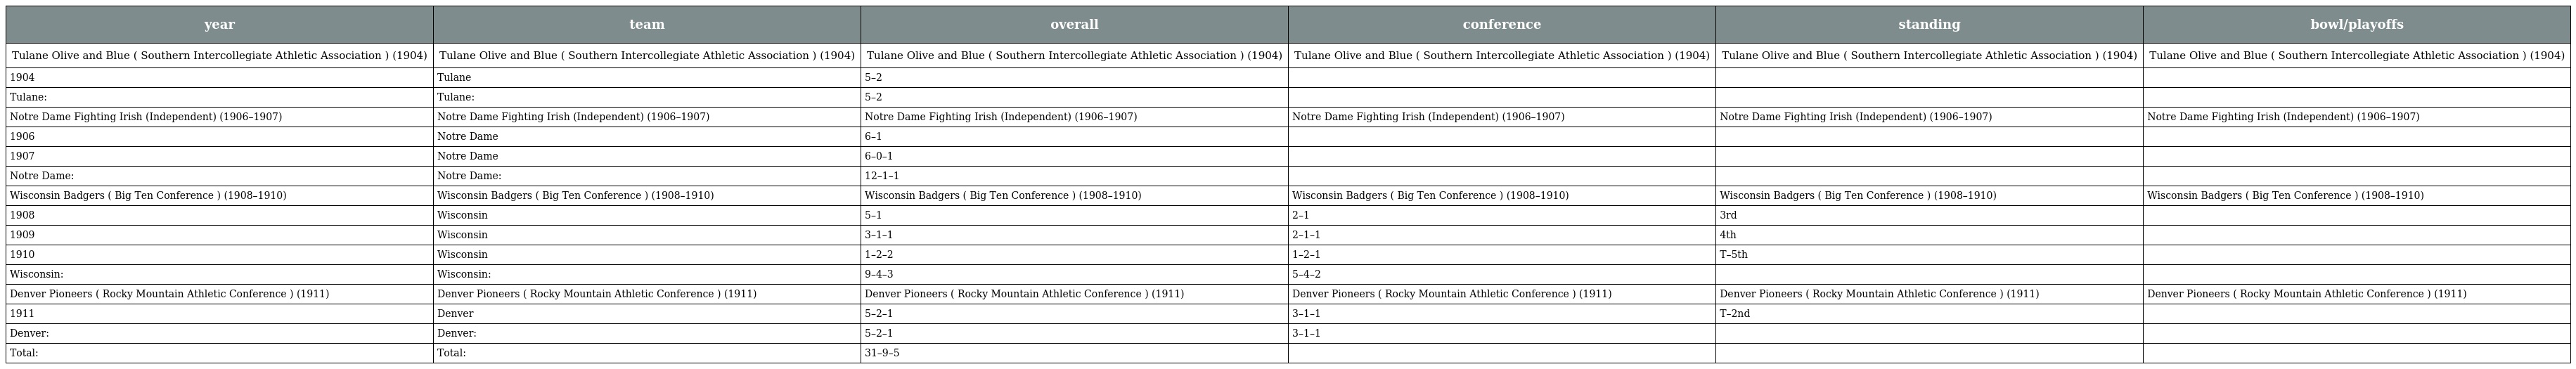
| year | team | overall | conference | standing | bowl/playoffs |
 | --- | --- | --- | --- | --- | --- |
 | Tulane Olive and Blue ( Southern Intercollegiate Athletic Association ) (1904) | Tulane Olive and Blue ( Southern Intercollegiate Athletic Association ) (1904) | Tulane Olive and Blue ( Southern Intercollegiate Athletic Association ) (1904) | Tulane Olive and Blue ( Southern Intercollegiate Athletic Association ) (1904) | Tulane Olive and Blue ( Southern Intercollegiate Athletic Association ) (1904) | Tulane Olive and Blue ( Southern Intercollegiate Athletic Association ) (1904) |
 | 1904 | Tulane | 5–2 |  |  |  |
 | Tulane: | Tulane: | 5–2 |  |  |  |
 | Notre Dame Fighting Irish (Independent) (1906–1907) | Notre Dame Fighting Irish (Independent) (1906–1907) | Notre Dame Fighting Irish (Independent) (1906–1907) | Notre Dame Fighting Irish (Independent) (1906–1907) | Notre Dame Fighting Irish (Independent) (1906–1907) | Notre Dame Fighting Irish (Independent) (1906–1907) |
 | 1906 | Notre Dame | 6–1 |  |  |  |
 | 1907 | Notre Dame | 6–0–1 |  |  |  |
 | Notre Dame: | Notre Dame: | 12–1–1 |  |  |  |
 | Wisconsin Badgers ( Big Ten Conference ) (1908–1910) | Wisconsin Badgers ( Big Ten Conference ) (1908–1910) | Wisconsin Badgers ( Big Ten Conference ) (1908–1910) | Wisconsin Badgers ( Big Ten Conference ) (1908–1910) | Wisconsin Badgers ( Big Ten Conference ) (1908–1910) | Wisconsin Badgers ( Big Ten Conference ) (1908–1910) |
 | 1908 | Wisconsin | 5–1 | 2–1 | 3rd |  |
 | 1909 | Wisconsin | 3–1–1 | 2–1–1 | 4th |  |
 | 1910 | Wisconsin | 1–2–2 | 1–2–1 | T–5th |  |
 | Wisconsin: | Wisconsin: | 9–4–3 | 5–4–2 |  |  |
 | Denver Pioneers ( Rocky Mountain Athletic Conference ) (1911) | Denver Pioneers ( Rocky Mountain Athletic Conference ) (1911) | Denver Pioneers ( Rocky Mountain Athletic Conference ) (1911) | Denver Pioneers ( Rocky Mountain Athletic Conference ) (1911) | Denver Pioneers ( Rocky Mountain Athletic Conference ) (1911) | Denver Pioneers ( Rocky Mountain Athletic Conference ) (1911) |
 | 1911 | Denver | 5–2–1 | 3–1–1 | T–2nd |  |
 | Denver: | Denver: | 5–2–1 | 3–1–1 |  |  |
 | Total: | Total: | 31–9–5 |  |  |  |